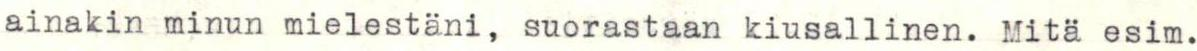
ainakin minun mielestäni, suorastaan kiusallinen. Mitä esim.